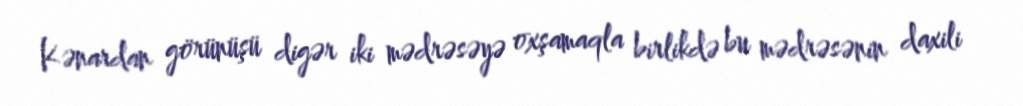
Kənardan görünüşü digər iki mədrəsəyə oxşamaqla birlikdə bu mədrəsənin daxili